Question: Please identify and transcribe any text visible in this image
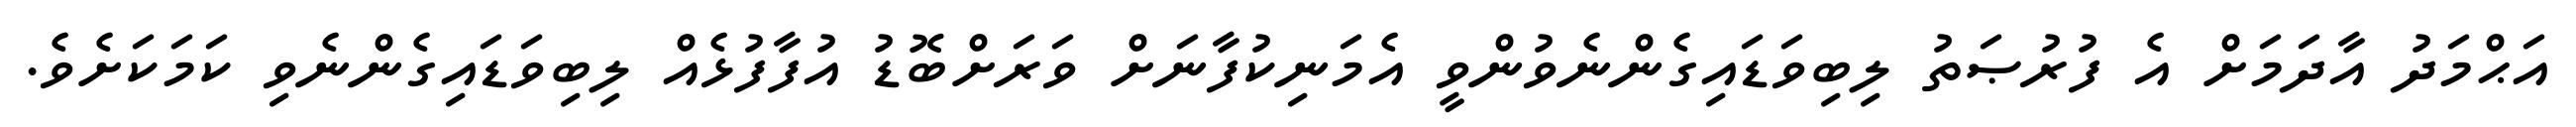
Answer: އަޙްމަދު އާދަމަށް އެ ފުރުޞަތު ލިބިވަޑައިގެންނެވުންވީ އެމަނިކުފާނަށް ވަރަށްބޮޑު އުފާފުޅެއް ލިބިވަޑައިގެންނެވި ކަމަކަށެވެ.